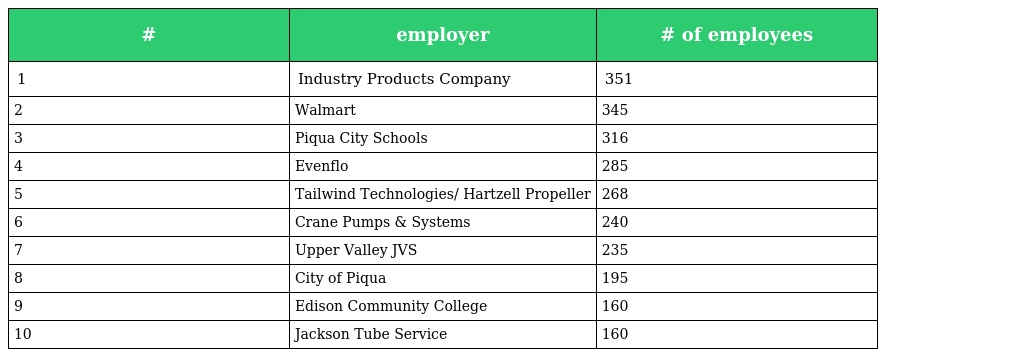
| # | employer | # of employees |
 | --- | --- | --- |
 | 1 | Industry Products Company | 351 |
 | 2 | Walmart | 345 |
 | 3 | Piqua City Schools | 316 |
 | 4 | Evenflo | 285 |
 | 5 | Tailwind Technologies/ Hartzell Propeller | 268 |
 | 6 | Crane Pumps & Systems | 240 |
 | 7 | Upper Valley JVS | 235 |
 | 8 | City of Piqua | 195 |
 | 9 | Edison Community College | 160 |
 | 10 | Jackson Tube Service | 160 |